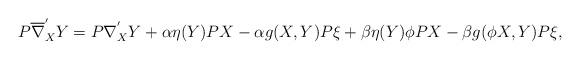
LaTeX: \begin{align*}P\overline{\nabla}^{'}_{X}Y=P\nabla^{'}_{X}Y+\alpha \eta(Y)PX-\alpha g(X,Y)P\xi+\beta\eta(Y)\phi PX-\beta g(\phi X,Y)P\xi, \end{align*}